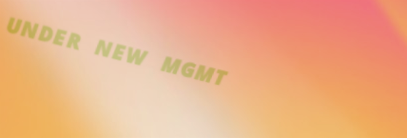
UNDER NEW MGMT